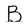
Character: B